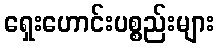
ရှေးဟောင်းပစ္စည်းများ